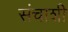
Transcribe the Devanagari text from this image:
संचाशी